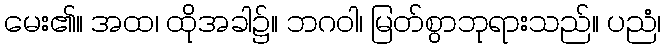
မေး၏။ အထ၊ ထိုအခါ၌။ ဘဂဝါ၊ မြတ်စွာဘုရားသည်။ ပညံ၊